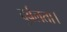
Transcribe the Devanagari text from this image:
दुर्बलता।